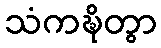
သံကဍ္ဎိတွာ